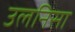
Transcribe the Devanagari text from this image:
उलनिसा